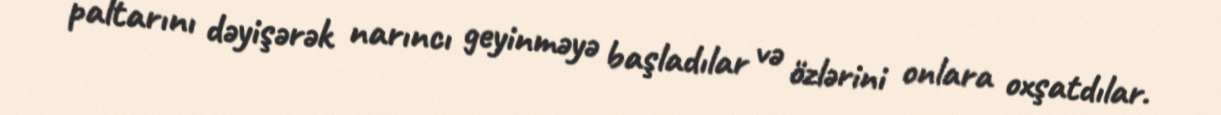
paltarını dəyişərək narıncı geyinməyə başladılar və özlərini onlara oxşatdılar.